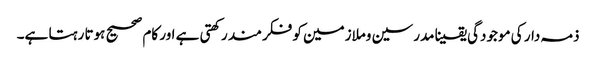
ذمہ دار کی موجودگی یقینا مدرسین وملازمین کو فکرمند رکھتی ہے اور کام صحیح ہوتا رہتا ہے۔